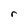
Character: r